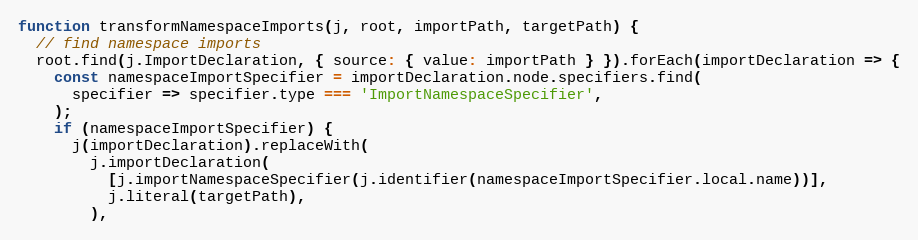
Language: JavaScript
function transformNamespaceImports(j, root, importPath, targetPath) {
  // find namespace imports
  root.find(j.ImportDeclaration, { source: { value: importPath } }).forEach(importDeclaration => {
    const namespaceImportSpecifier = importDeclaration.node.specifiers.find(
      specifier => specifier.type === 'ImportNamespaceSpecifier',
    );
    if (namespaceImportSpecifier) {
      j(importDeclaration).replaceWith(
        j.importDeclaration(
          [j.importNamespaceSpecifier(j.identifier(namespaceImportSpecifier.local.name))],
          j.literal(targetPath),
        ),